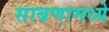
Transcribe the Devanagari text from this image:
साबणामध्ये